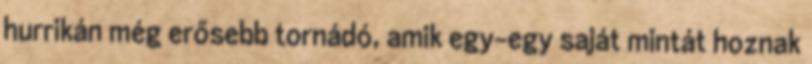
hurrikán még erősebb tornádó, amik egy-egy saját mintát hoznak